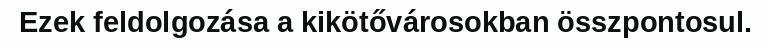
Ezek feldolgozása a kikötővárosokban összpontosul.